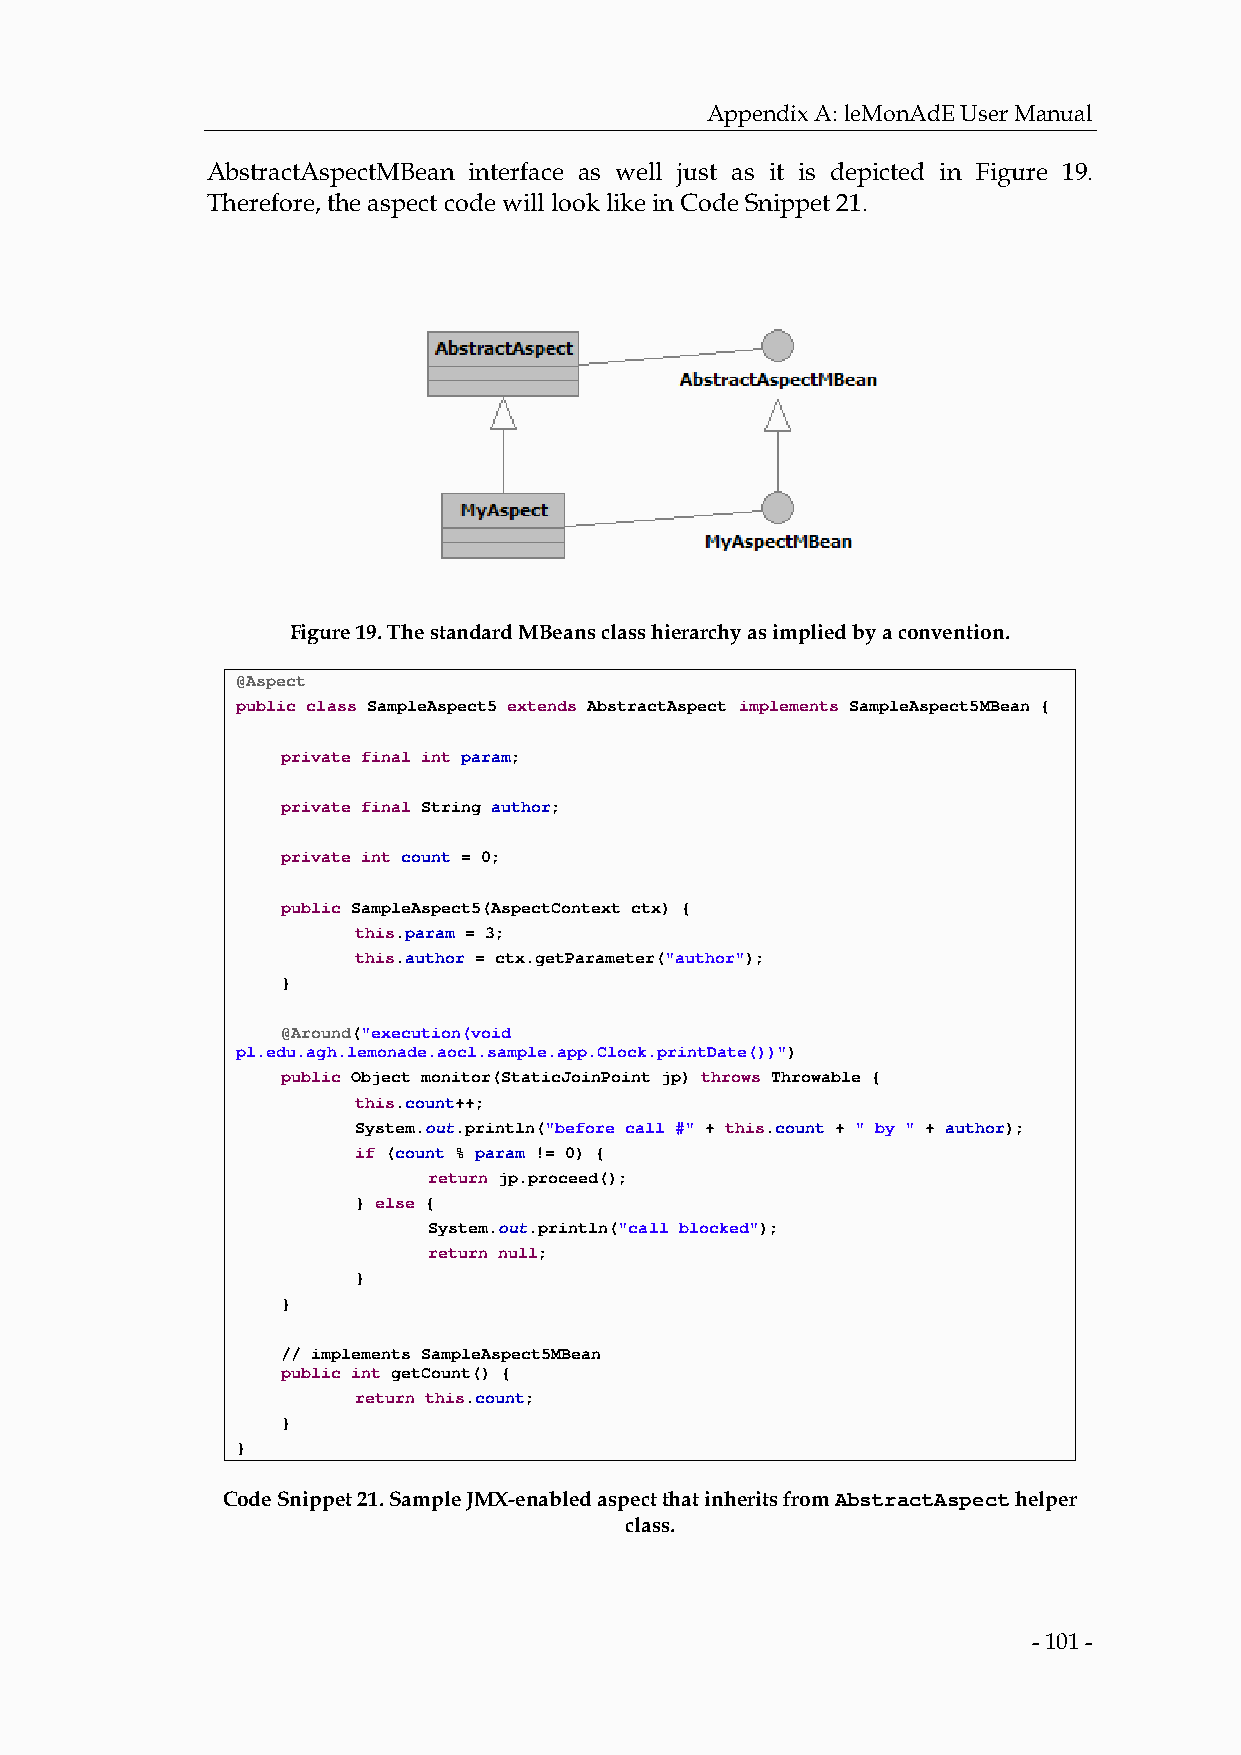
Appendix A: leMonAdE User Manual
 AbstractAspectMBean interface as well just as it is depicted in Figure 19.
 Therefore, the aspect code will look like in Code Snippet 21.
 Figure 19. The standard MBeans class hierarchy as implied by a convention.
 @Aspect
 public class SampleAspect5 extends AbstractAspect implements SampleAspect5MBean {
 private final int param;
 private final String author;
 private int count = 0;
 public SampleAspect5(AspectContext ctx) {
 this.param = 3;
 this.author = ctx.getParameter("author");
 }
 @Around("execution(void
 pl.edu.agh.lemonade.aocl.sample.app.Clock.printDate())")
 public Object monitor(StaticJoinPoint jp) throws Throwable {
 this.count++;
 System.out.println("before call #" + this.count + " by " + author);
 if (count % param != 0) {
 return jp.proceed();
 } else {
 System.out.println("call blocked");
 return null;
 }
 }
 // implements SampleAspect5MBean
 public int getCount() {
 return this.count;
 }
 }
 Code Snippet 21. Sample JMX-enabled aspect that inherits from AbstractAspect helper
 class.
 - 101 -